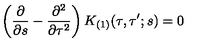
\left( \frac { \partial } { \partial s } - \frac { \partial ^ { 2 } } { \partial \tau ^ { 2 } } \right) K _ { ( 1 ) } ( \tau , \tau ^ { \prime } ; s ) = 0